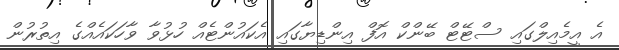
އެ އީމެއިލްގައި ސްޓޭޓް ބޭންކް އޮފް އިންޑިޔާގައި އެކައުންޓެއް ހުޅުވާ ވާހަކައެއްގެ އިތުރުން